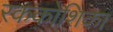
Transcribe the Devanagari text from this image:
रककोशिका